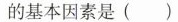
的基本因素是()